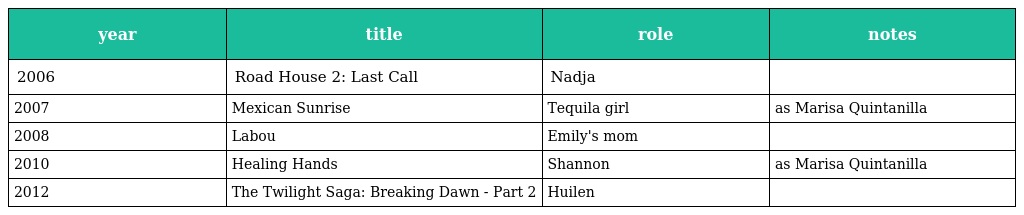
| year | title | role | notes |
 | --- | --- | --- | --- |
 | 2006 | Road House 2: Last Call | Nadja |  |
 | 2007 | Mexican Sunrise | Tequila girl | as Marisa Quintanilla |
 | 2008 | Labou | Emily's mom |  |
 | 2010 | Healing Hands | Shannon | as Marisa Quintanilla |
 | 2012 | The Twilight Saga: Breaking Dawn - Part 2 | Huilen |  |